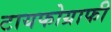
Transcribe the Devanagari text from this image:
टायफोग्राफी